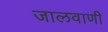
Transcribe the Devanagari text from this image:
जालवाणी